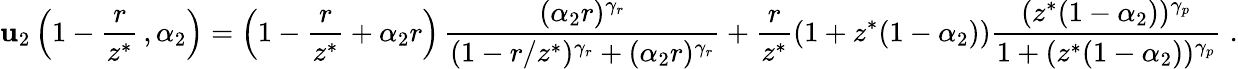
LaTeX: \mathbf{u}_{2}\left(1-\frac{{r}}{{z^{*}}}\, ,\alpha_{2}\right)=\left(1-\frac{{r}}{{z^{*}}}+\alpha_{2}r\right)\, \frac{{(\alpha_{2}r)^{\gamma_{r}}}}{{(1-r/z^{*})^{\gamma_{r}}+(\alpha_{2}r)^{\gamma_{r}}}}+\frac{{r}}{{z^{*}}}(1+z^{*}(1-\alpha_{2}))\frac{{(z^{*}(1-\alpha_{2}))^{\gamma_{p}}}}{{1+(z^{*}(1-\alpha_{2}))^{\gamma_{p}}}}\; .